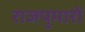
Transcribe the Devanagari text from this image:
राजपुमारों